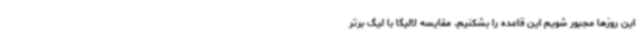
این روزها مجبور شویم این قاعده را بشکنیم. مقایسه لالیگا با لیگ برتر